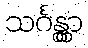
သင်္ဂန္တွာ